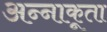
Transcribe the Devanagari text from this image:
अन्‍नाकूता